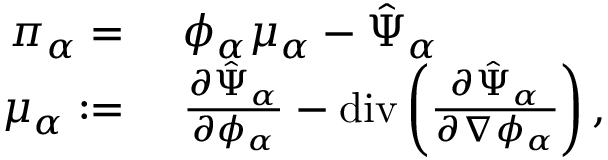
\begin{array} { r l } { \pi _ { \alpha } = } & { ~ \phi _ { \alpha } \mu _ { \alpha } - \hat { \Psi } _ { \alpha } } \\ { \mu _ { \alpha } : = } & { ~ \frac { \partial \hat { \Psi } _ { \alpha } } { \partial \phi _ { \alpha } } - \mathrm { d i v } \left( \frac { \partial \hat { \Psi } _ { \alpha } } { \partial \nabla \phi _ { \alpha } } \right) , } \end{array}